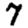
Digit: 7